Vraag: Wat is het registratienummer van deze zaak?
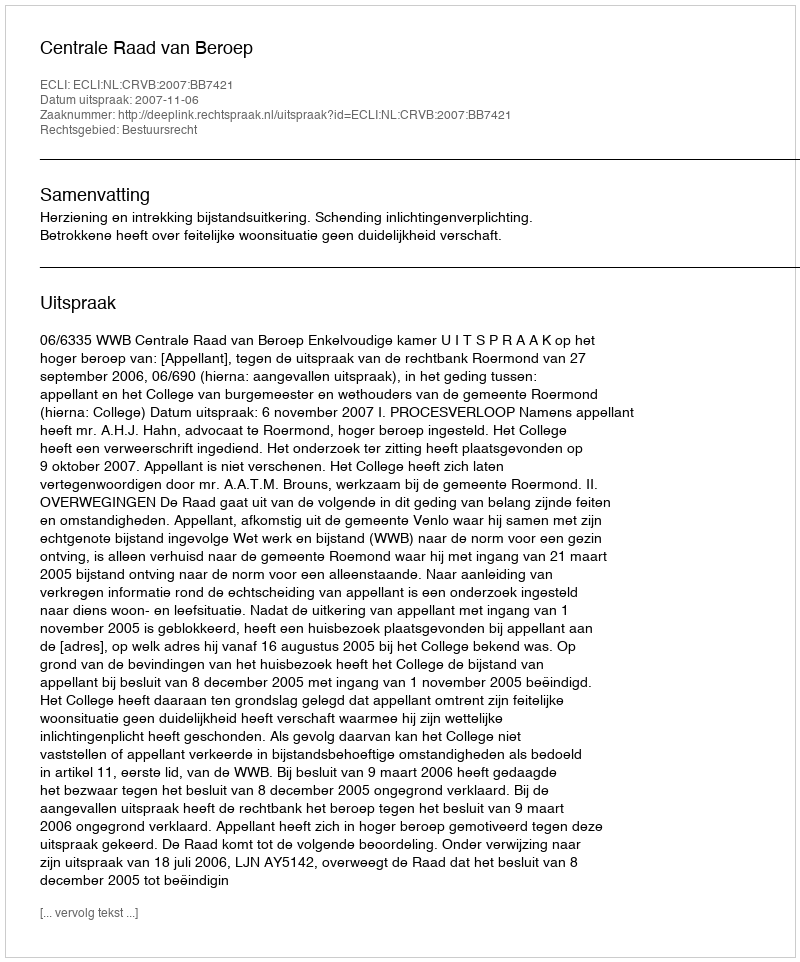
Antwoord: http://deeplink.rechtspraak.nl/uitspraak?id=ECLI:NL:CRVB:2007:BB7421